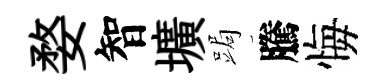
婺智壙跼騰悔